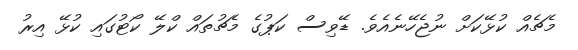
މެޗެއް ކުޅޭކަށް ނުޖެހޭނެއެވެ. ޑޭވިސް ކަޕުގެ މެޗުތައް ކްލޭ ކޯޓުގައި ކުޅޭ އިރު